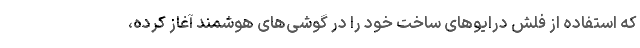
که استفاده از فلش درایوهای ساخت خود را در گوشی‌های هوشمند آغاز کرده،